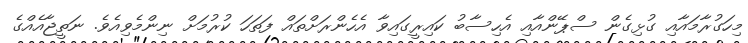
މިހަގުރާމައާއި ގުޅިގެން ސްޕޭންއާއި އެހިސާބު ކައިރީގައިވާ އެހެންރަށްތައް ފަތަހަ ކުރުމަށް ނިންމެވިއެވެ. ނަތީޖާއެއްގެ